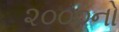
૨૦૦૦નો